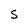
Character: S